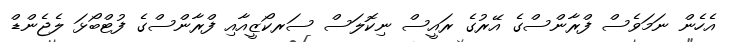
އެހެން ނަމަވެސް ފްރާންސްގެ އޭރުގެ ރައީސް ނިކޮލަސް ސަރކޯޒީއާއި ފްރާންސްގެ ފުޓްބޯޅަ ލެޖެންޑް